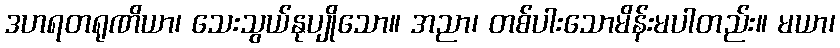
ဒဟရတရုဏိယာ၊ သေးသွယ်နုပျိုသော။ အညာ၊ တစ်ပါးသောမိန်းမပါတည်း။ မယာ၊